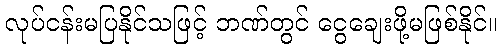
လုပ်ငန်းမပြနိုင်သဖြင့် ဘဏ်တွင် ငွေချေးဖို့မဖြစ်နိုင်။